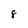
Character: 8